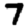
Digit: 7